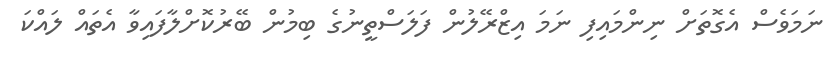
ނަމަވެސް އެގޮތަށް ނިންމައިފި ނަމަ އިޒްރޭލުން ފަލަސްތީނުގެ ބިމުން ބޭރުކޮށްލާފައިވާ އެތައް ލައްކަ